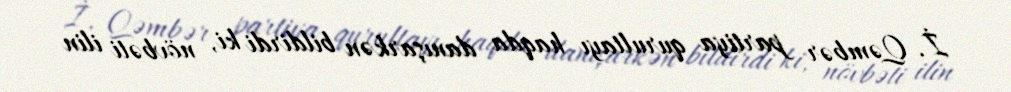
İ. Qəmbər partiya qurultayı haqda danışarkən bildirdi ki, növbəti ilin